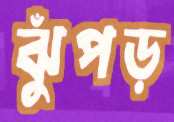
ঝুঁপড়